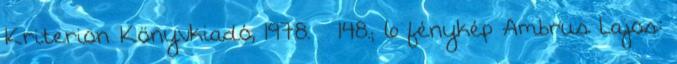
Kriterion Könyvkiadó, 1978. – 148.; 6 fénykép Ambrus Lajos: